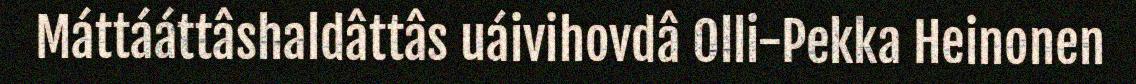
Máttááttâshaldâttâs uáivihovdâ Olli-Pekka Heinonen